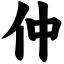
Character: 仲